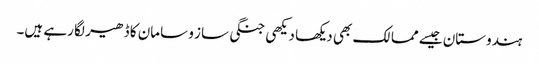
ہندوستان جیسے ممالک بھی دیکھا دیکھی جنگی ساز و سامان کا ڈھیر لگا رہے ہیں۔